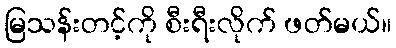
မြသန်းတင့်ကို စီးရီးလိုက် ဖတ်မယ်။